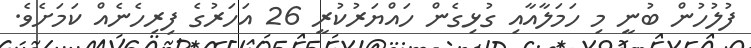
ފުލުހުން ބުނީ މި ހަމަލާއާއި ގުޅިގެން ހައްޔަރުކުރީ 26 އަހަރުގެ ފިރިހެނެއް ކަމަށެވެ.